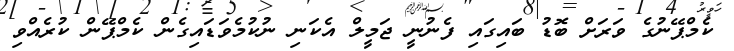
ކެމްޕޭނުގެ ވަރަށް ބޮޑު ބައިގައި ފެނުނީ ޖަމީލް އެކަނި ނުކުމެވަޑައިގެން ކެމްޕޭން ކުރެއްވި